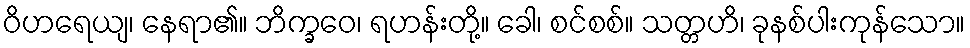
ဝိဟရေယျ၊ နေရာ၏။ ဘိက္ခဝေ၊ ရဟန်းတို့။ ခေါ၊ စင်စစ်။ သတ္တဟိ၊ ခုနစ်ပါးကုန်သော။